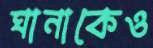
ঘানাকেও